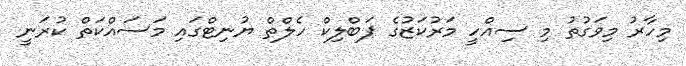
މިހާރު މިވަގުތު މި ސިއްހީ މަރުކަޒުގެ ޕަބްލިކް ހެލްތް ޔުނިޓްގައި މަސައްކަތް ކުރަނީ